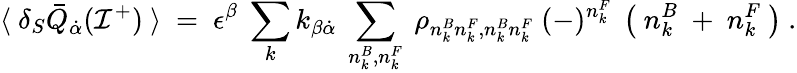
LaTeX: \langle~\delta_{S}{\bar{Q}}_{\dot{\alpha}}({\cal I}^{+})~\rangle~=~\epsilon^{\beta}~\sum_{k}k_{\beta{\dot{\alpha}}}~\sum_{n_{k}^{B},n_{k}^{F}}~\rho_{n_{k}^{B}n_{k}^{F},n_{k}^{B}n_{k}^{F}}~(-)^{n_{k}^{F}}~\left(~n_{k}^{B}~+~n_{k}^{F}~\right)~.